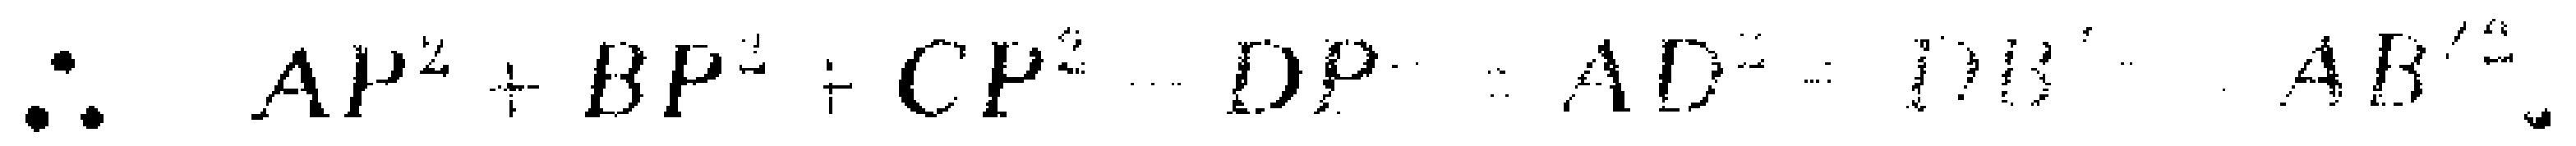
$\therefore \quad AP^{2}+BP^{2}+CP^{2}-DP^{2}=AD^{2}-DB^{2}-AB^{2}.$